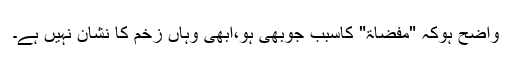
واضح ہوکہ "مفضاۃ" کاسبب جوبھی ہو،ابھی وہاں زخم کا نشان نہیں ہے۔